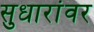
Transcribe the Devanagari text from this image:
सुधारांवर